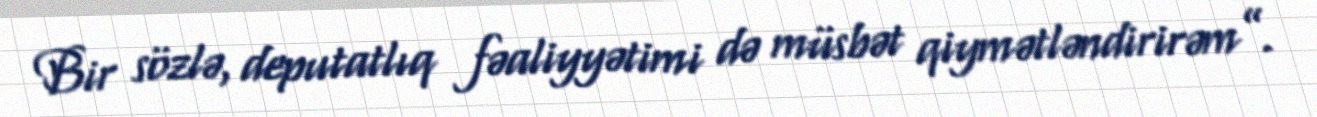
Bir sözlə, deputatlıq fəaliyyətimi də müsbət qiymətləndirirəm”.